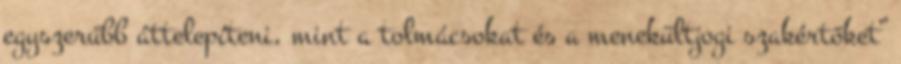
egyszerűbb áttelepíteni, mint a tolmácsokat és a menekültjogi szakértőket”